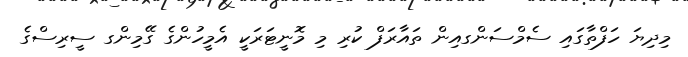
މިދިޔަ ހަފްތާގައި ސެމްސަންގއިން ތައާރަފް ކުރި މި މޮނީޓަރަކީ އެމީހުންގެ ގޭމިންގ ސީރިސްގެ